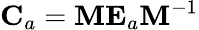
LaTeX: {{\mathbf{C}}_{a}}={\mathbf{M}}{{\mathbf{E}}_{a}}{{\mathbf{M}}^{-1}}